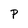
Character: P